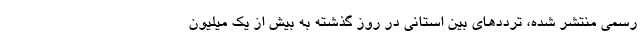
رسمی منتشر شده، ترددهای بین‌ استانی در روز گذشته به بیش از یک میلیون